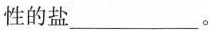
性的盐___。